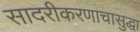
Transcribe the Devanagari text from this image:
सादरीकरणाचासुद्धा